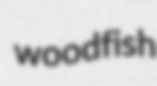
woodfish